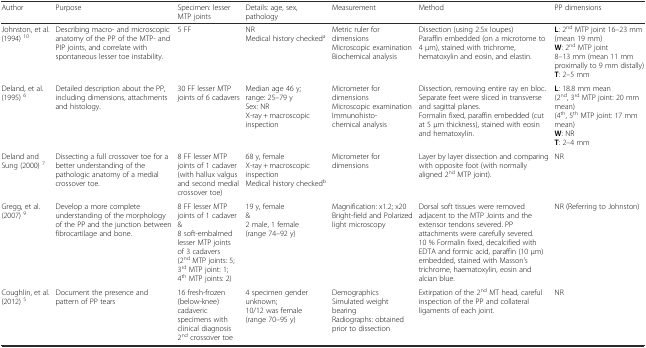
<table><thead><tr><td><b>Author</b></td><td><b>Purpose</b></td><td><b>Specimen: lesser MTP joints</b></td><td><b>Details: age, sex, pathology</b></td><td><b>Measurement</b></td><td><b>Method</b></td><td><b>PP dimensions</b></td></tr></thead><tbody><tr><td>Johnston, et al. (1994) <sup>10</sup></td><td>Describing macro- and microscopic anatomy of the PP of the MTP- and PIP joints, and correlate with spontaneous lesser toe instability.</td><td>5 FF</td><td>NRMedical history checked<sup>a</sup></td><td>Metric ruler for dimensionsMicroscopic examinationBiochemical analysis</td><td>Dissection (using 2.5x loupes)Paraffin embedded (on a microtome to 4 μm), stained with trichrome, hematoxylin and eosin, and elastin.</td><td><b>L</b>: 2<sup>nd</sup> MTP joint 16–23 mm (mean 19 mm)<b>W</b>: 2<sup>nd</sup> MTP joint8–13 mm (mean 11 mm proximally to 9 mm distally)<b>T</b>: 2–5 mm</td></tr><tr><td>Deland, et al. (1995) <sup>6</sup></td><td>Detailed description about the PP, including dimensions, attachments and histology.</td><td>30 FF lesser MTP joints of 6 cadavers</td><td>Median age 46 y;range: 25–79 ySex: NRX-ray + macroscopic inspection</td><td>Micrometer for dimensionsMicroscopic examinationImmunohisto-chemical analysis</td><td>Dissection, removing entire ray en bloc.Separate feet were sliced in transverse and sagittal planes.Formalin fixed, paraffin embedded (cut at 5 μm thickness), stained with eosin and hematoxylin.</td><td><b>L</b>: 18.8 mm mean(2<sup>nd</sup>, 3<sup>rd</sup> MTP joint: 20 mm mean)(4<sup>th</sup>, 5<sup>th</sup> MTP joint: 17 mm mean)<b>W</b>: NR<b>T</b>: 2–4 mm</td></tr><tr><td>Deland and Sung (2000) <sup>7</sup></td><td>Dissecting a full crossover toe for a better understanding of the pathologic anatomy of a medial crossover toe.</td><td>8 FF lesser MTP joints of 1 cadaver(with hallux valgus and second medial crossover toe)</td><td>68 y, femaleX-ray + macroscopic inspectionMedical history checked<sup>b</sup></td><td>Micrometer for dimensions</td><td>Layer by layer dissection and comparing with opposite foot (with normally aligned 2<sup>nd</sup> MTP joint).</td><td>NR</td></tr><tr><td>Gregg, et al. (2007) <sup>9</sup></td><td>Develop a more complete understanding of the morphology of the PP and the junction between fibrocartilage and bone.</td><td>8 FF lesser MTP joints of 1 cadaver&amp;8 soft-embalmed lesser MTP jointsof 3 cadavers(2<sup>nd</sup> MTP joints: 5; 3<sup>rd</sup> MTP joint: 1;4<sup>th</sup> MTP joints: 2)</td><td>19 y, female&amp;2 male, 1 female (range 74–92 y)</td><td>Magnification: x1.2; x20Bright-field and Polarized light microscopy</td><td>Dorsal soft tissues were removed adjacent to the MTP Joints and the extensor tendons severed. PP attachments were carefully severed.10 % Formalin fixed, decalcified with EDTA and formic acid, paraffin (10 μm) embedded, stained with Masson’s trichrome, haematoxylin, eosin and alcian blue.</td><td>NR (Referring to Johnston)</td></tr><tr><td>Coughlin, et al. (2012) <sup>5</sup></td><td>Document the presence and pattern of PP tears</td><td>16 fresh-frozen(below-knee) cadaveric specimens with clinical diagnosis2<sup>nd</sup> crossover toe</td><td>4 specimen gender unknown;10/12 was female(range 70–95 y)</td><td>DemographicsSimulated weight bearingRadiographs: obtained prior to dissection</td><td>Extirpation of the 2<sup>nd</sup> MT head, careful inspection of the PP and collateral ligaments of each joint.</td><td>NR</td></tr></tbody></table>